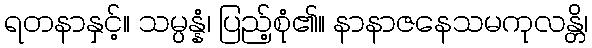
ရတနာနှင့်။ သမ္ပန္နံ၊ ပြည့်စုံ၏။ နာနာဇနေသမကုလန္တိ၊